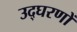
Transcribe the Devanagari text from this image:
उद्घरणों